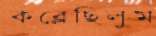
কব্‌লেছিলুম